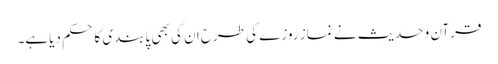
قرآن و حدیث نے نماز روزے کی طرح ان کی بھی پابندی کا حکم دیاہے۔